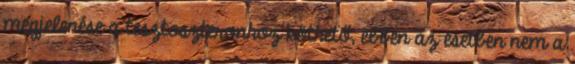
megjelenése a tesztoszteronhoz köthető, ebben az esetben nem a